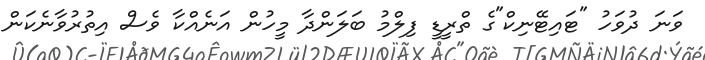
ވަނަ ދުވަހު "ޓައިޓޭނިކް"ގެ ތްރީޑީ ފިލްމު ބަލަންދާ މީހުން އަނެއްކާ ވެސް އިތުރުވާނެކަން